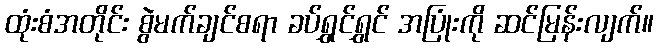
ထုံးစံအတိုင်း စွဲမက်ချင်စရာ ခပ်ရွှင်ရွှင် အပြုံးကို ဆင်မြန်းလျက်။